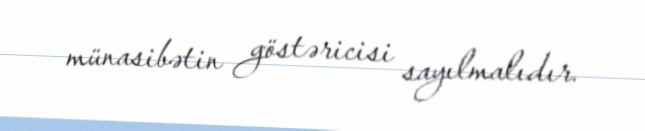
münasibətin göstəricisi sayılmalıdır.